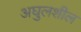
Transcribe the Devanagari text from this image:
अघुलशील